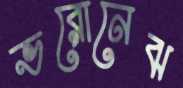
ভরোনেঝ